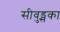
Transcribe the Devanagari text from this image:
सीवुड्सका